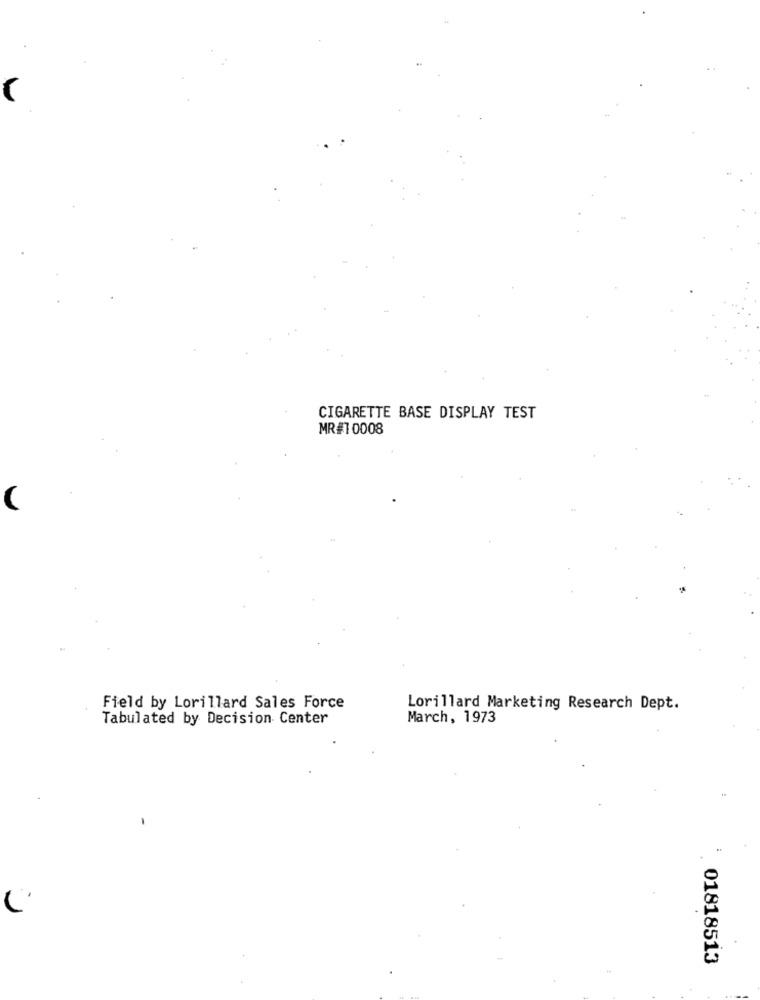
CIGARETTE BASE DISPLAY TEST
MR#1 0008
Field by Lorillard Sales Force
Lorillard Marketing Research Dept.
Tabulated by Decision Center
March, 1973
01818513